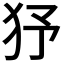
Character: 𤝉